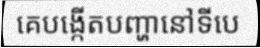
គេបង្កើតបញ្ហានៅទីបេ